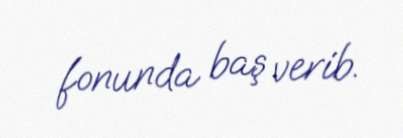
fonunda baş verib.